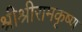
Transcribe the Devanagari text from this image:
श्रीश्रीरामकृष्ण